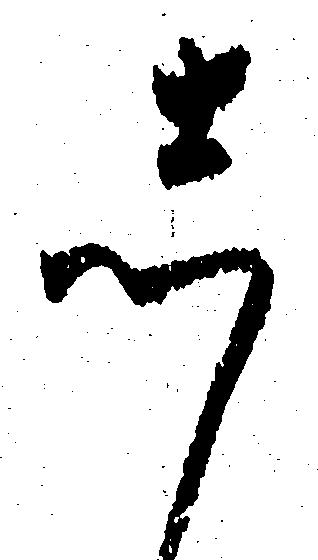
し